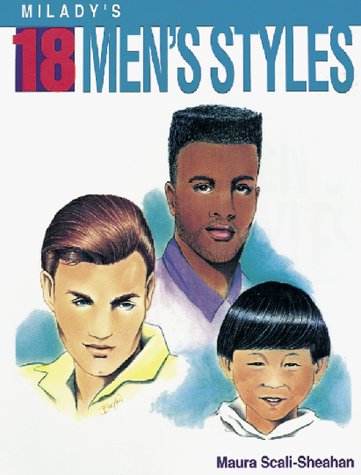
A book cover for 18 Men's Styles; Maura T. Scali-Sheahan; Health, Fitness & Dieting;